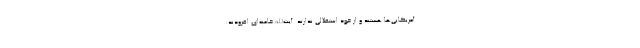
آمریکایی‌ها هستند و از خود استقلالی ندارند. آیت‌الله خامنه‌ای افزودند: